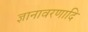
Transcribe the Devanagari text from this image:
ज्ञानावरणादि